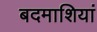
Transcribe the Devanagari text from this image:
बदमाशियां